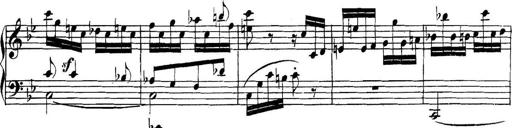
Title: Collected Piano Sonatas
Composer: Muzio Clementi